Leningradi_Edasi_toimetus, lk 143
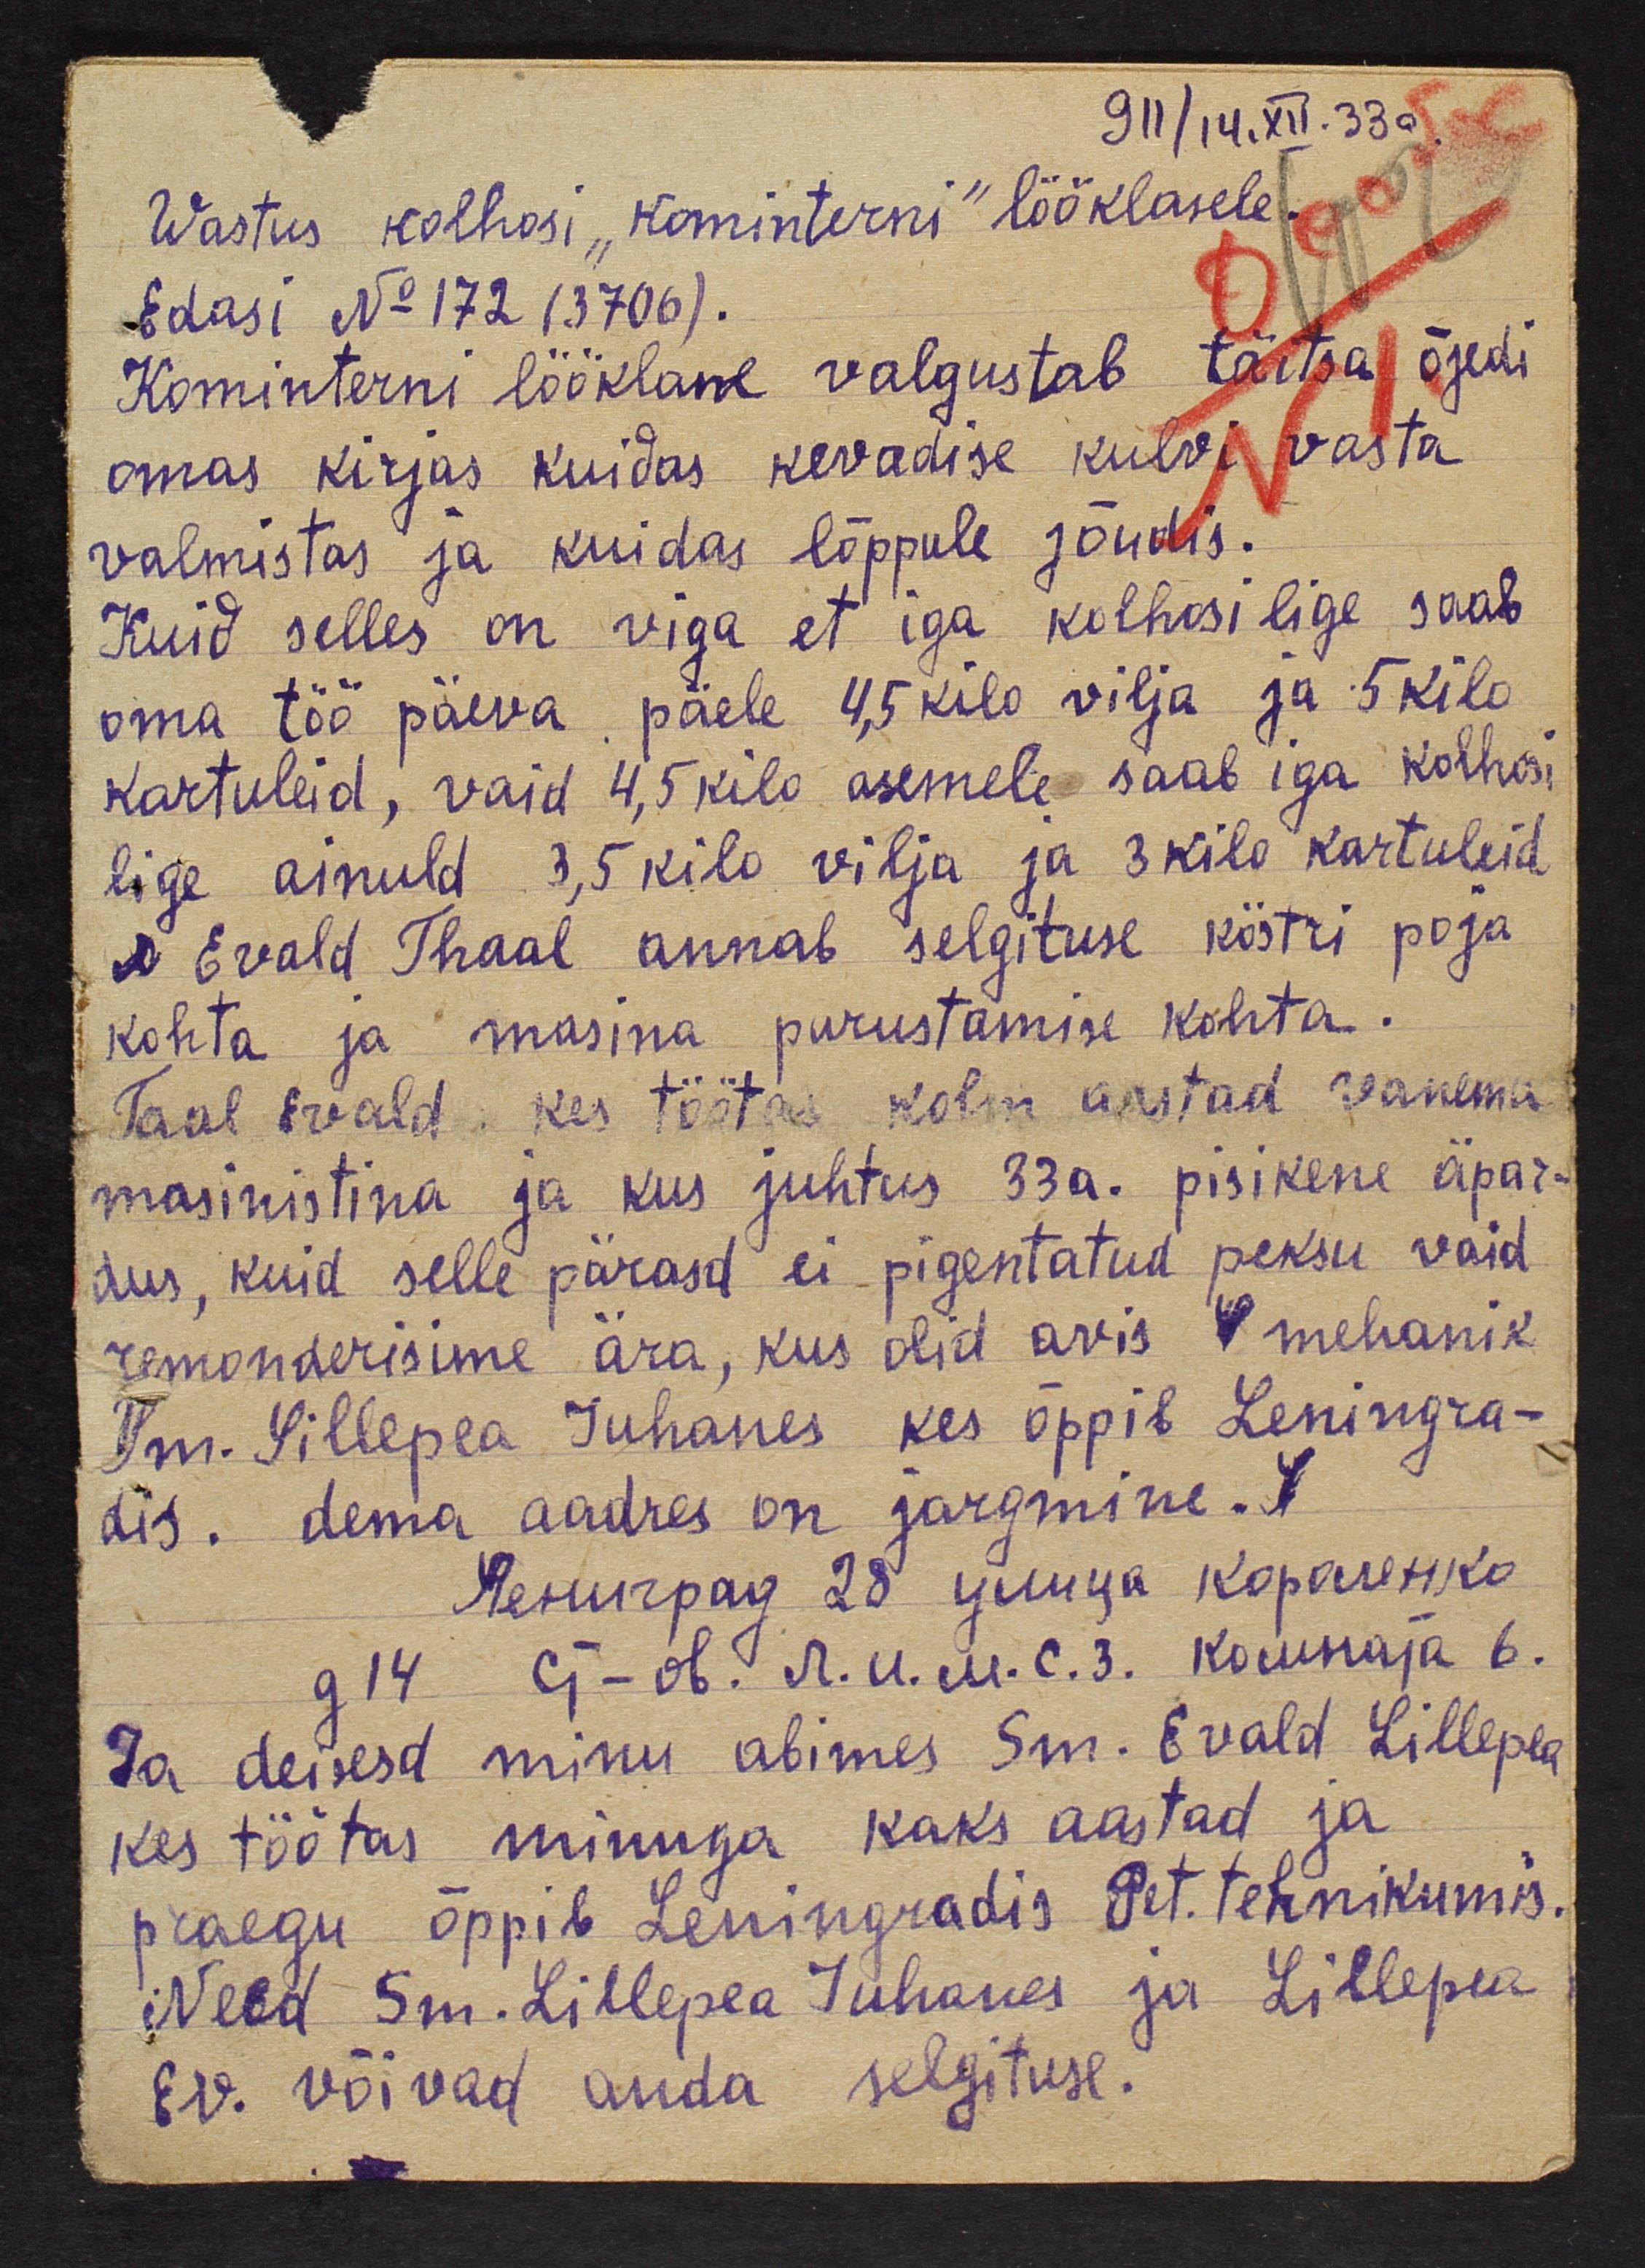
911/14.XII.33 a
Wastus kolhosi "Kominterni" lööklasele
Edasi No 172 (3706).
Kominterni lööklane valgustab täitsa õjedi
omas kirjas kuidas kevadise külvi vasta
valmistas ja kuidas lõppule jõudis.
Kuid selles on viga et iga kolhosi lige saab
oma töö päeva päele 4,5 kilo vilja ja 5 kilo
kartuleid, vaid 4,5 kilo asemele saab iga kolhosi
lige ainuld 3,5 kilo vilja ja 3 kilo kartuleid
Evald Thaal annab selgituse köstri poja
kohta ja masina purustamise kohta.
Taal Evald, kes töötas kolm aastad vanema
masinistina ja kus juhtus 33 a. pisikene äpar-
dus, kuid selle pärasd ei pigentatud peksu vaid
remonderisime ära, kus olid avis V mehanik
Sm. Lillepea Juhanes kes õppib Leningra-
dis. tema aadres on järgmine. X
Peruripag 28 juuga kopanetiko
g 14 ei - ob. A. U. u. c. 3. kommaja 6.
Ja deisesd minu abimes Sm. Evald Lillepea
kes töötas minuga kaks aastad ja
praegu õppib Leningradis Pet. tehnikumis.
Need Sm. Lillepea Juhanes ja Lillepea
Ev. võivad anda selgituse.